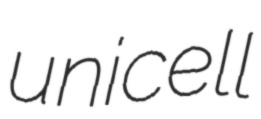
unicell